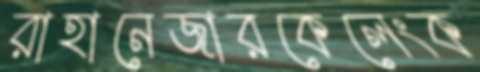
রাহানেজারকেলেংক